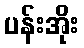
ပန်းအိုး